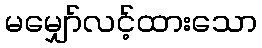
မမျှော်လင့်ထားသော